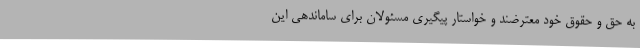
به حق و حقوق خود معترضند و خواستار پیگیری مسئولان برای ساماندهی این